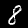
Digit: 8